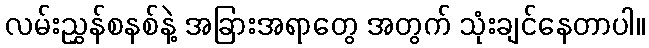
လမ်းညွှန်စနစ်နဲ့ အခြားအရာတွေ အတွက် သုံးချင်နေတာပါ။